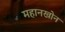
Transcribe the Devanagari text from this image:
महानखोन